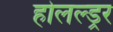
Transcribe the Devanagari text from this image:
होलल्ड्रर